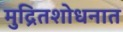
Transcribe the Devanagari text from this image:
मुद्रितशोधनात